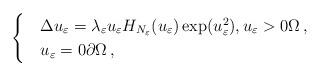
LaTeX: \begin{align*} \begin{cases}&\Delta u_\varepsilon=\lambda_\varepsilon u_\varepsilon H_{N_\varepsilon}(u_\varepsilon) \exp(u_\varepsilon^2),u_\varepsilon>0\Omega\,,\\&u_\varepsilon=0\partial\Omega\,,\end{cases}\end{align*}